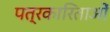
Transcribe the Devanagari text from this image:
पत्रकारिताओं